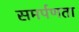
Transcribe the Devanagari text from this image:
समर्पणता